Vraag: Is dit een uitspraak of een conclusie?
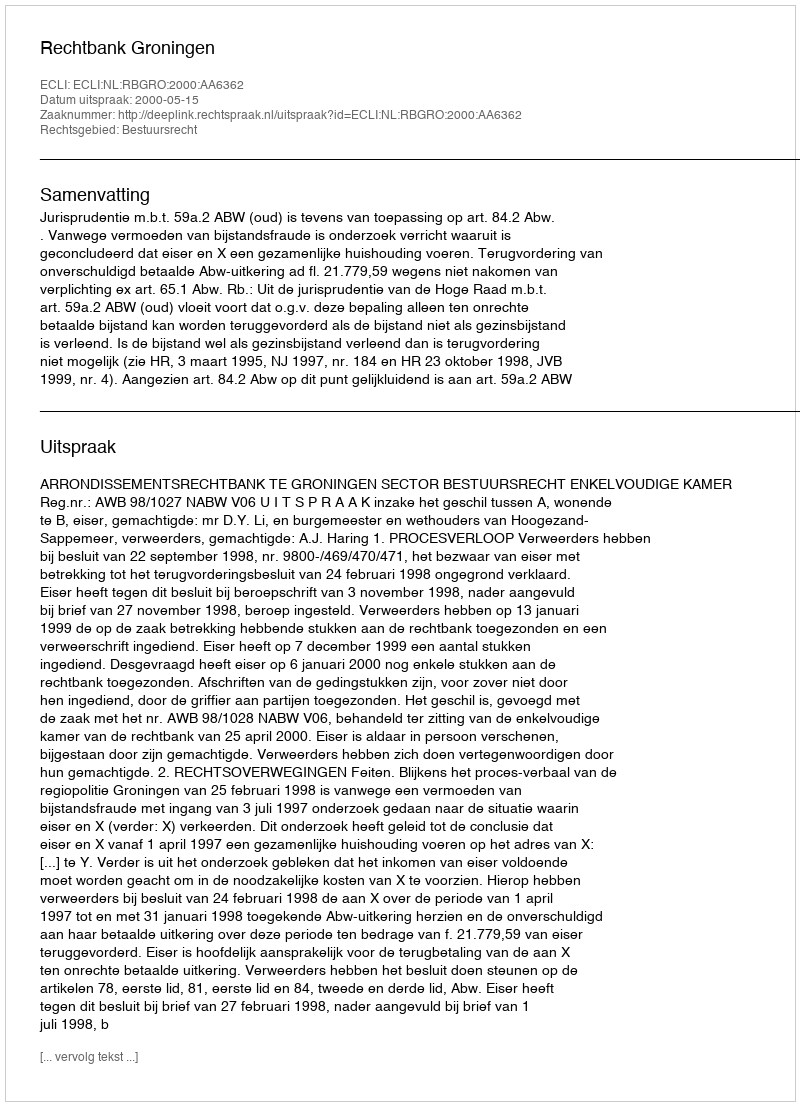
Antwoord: Uitspraak